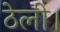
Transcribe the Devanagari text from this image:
ठेली।